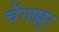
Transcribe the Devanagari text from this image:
चेंगाल्लुर